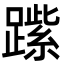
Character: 𨄐